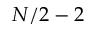
N / 2 - 2